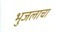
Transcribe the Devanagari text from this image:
भुजलाचा